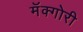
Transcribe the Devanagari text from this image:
मॅक्गोरी